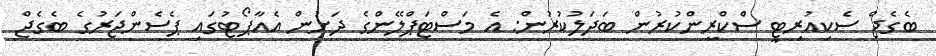
ބެގެޖް ސެކިއުރިޓީ ސްކްރީންކުރުން ބަދަލުކުރުން: އެ މަސްޓަޕްލޭންގެ ދަށުން އެއާޕޯޓުގައި ޕެސެންޖަރުގެ ބެގެޖް